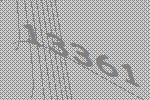
13361